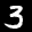
Digit: 3